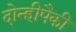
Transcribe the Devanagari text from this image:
दोन्हीपैकी